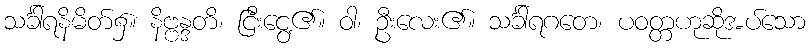
သင်္ခါရနိမိတ်၌။ နိဗ္ဗန္ဒတိ၊ ငြီးငွေ့၏။ ဝါ၊ ဦးလေး၏။ သင်္ခါရဂတေ၊ ပဝတ္တဟုဆိုအပ်သော